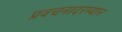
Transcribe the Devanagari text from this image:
प्रवचनादरम्यान